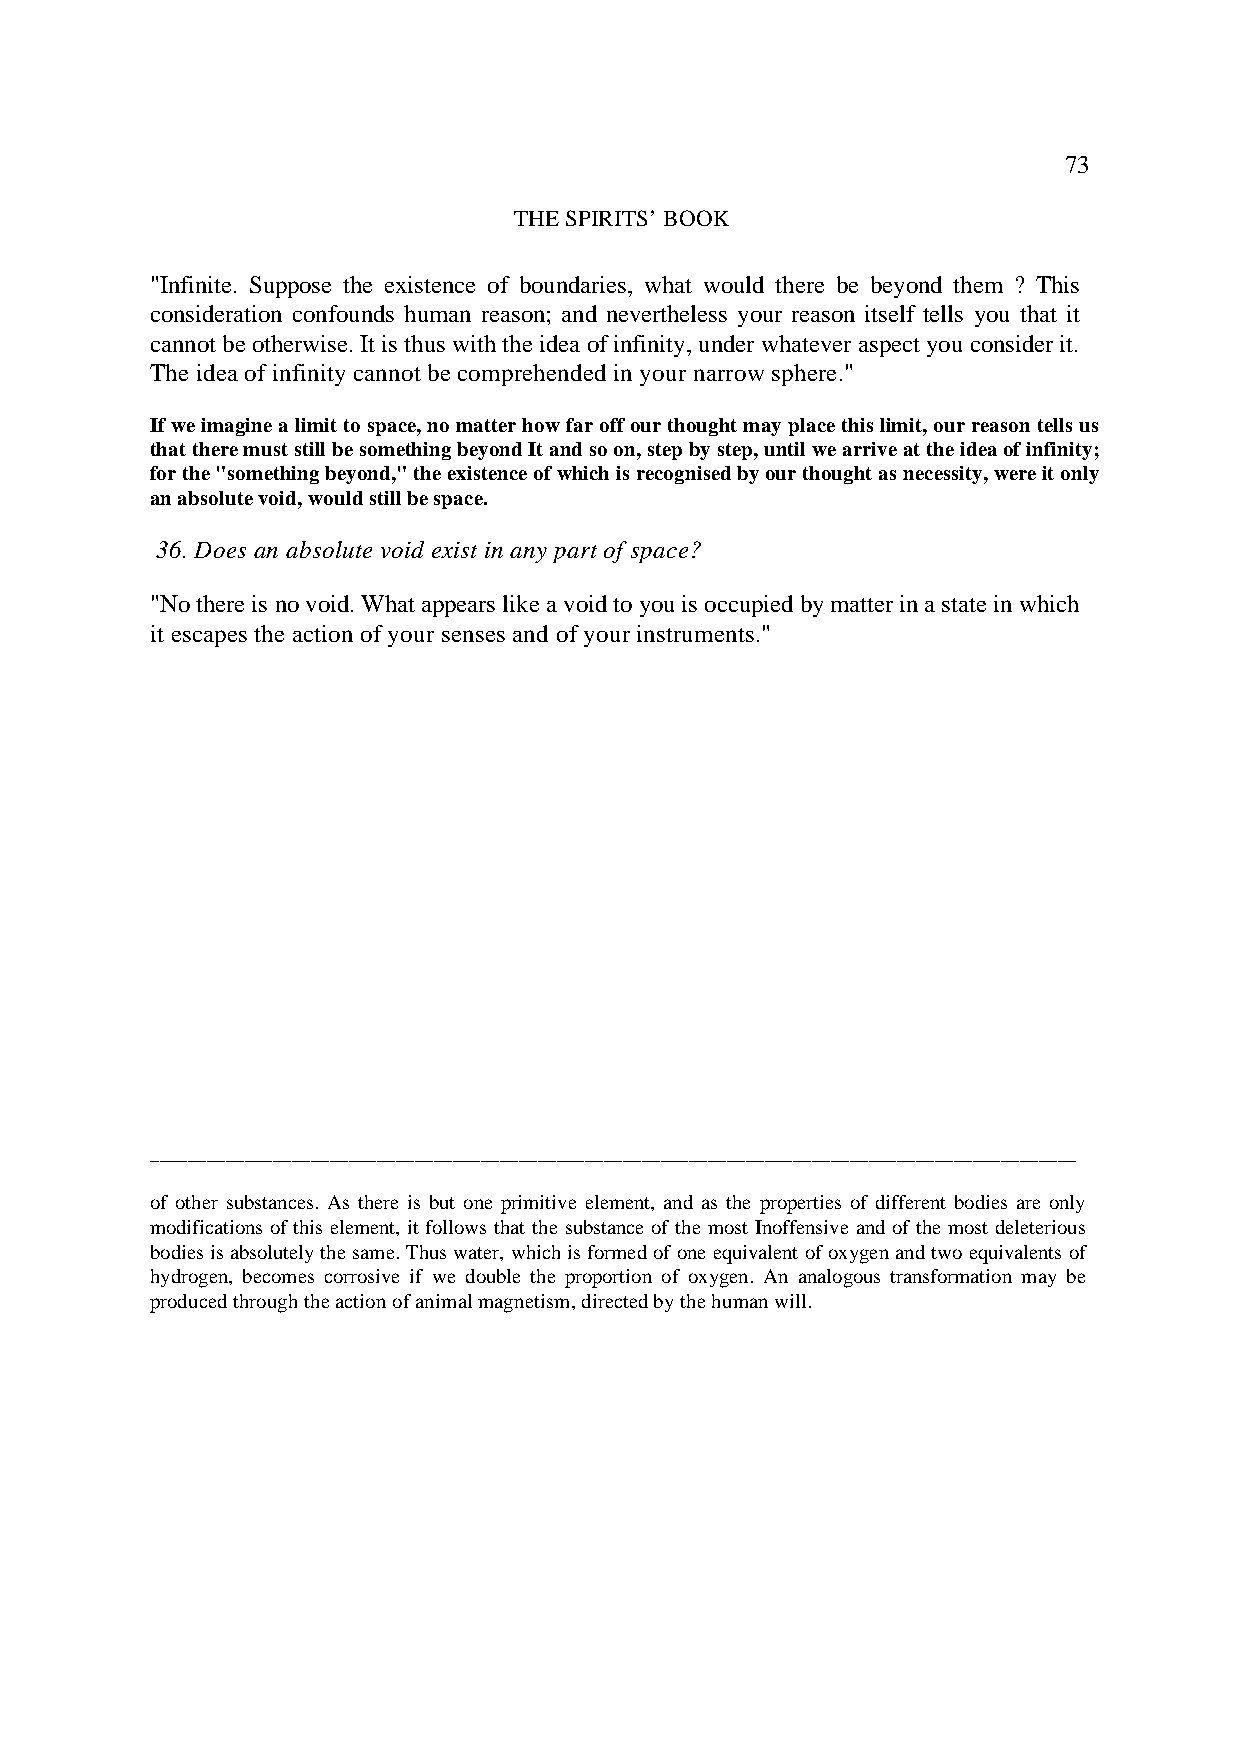
73
 THE SPIRITS’ BOOK
 "Infinite. Suppose the existence of boundaries, what would there be beyond them ? This
 consideration confounds human reason; and nevertheless your reason itself tells you that it
 cannot be otherwise. It is thus with the idea of infinity, under whatever aspect you consider it.
 The idea of infinity cannot be comprehended in your narrow sphere."
 If we imagine a limit to space, no matter how far off our thought may place this limit, our reason tells us
 that there must still be something beyond It and so on, step by step, until we arrive at the idea of infinity;
 for the "something beyond," the existence of which is recognised by our thought as necessity, were it only
 an absolute void, would still be space.
 36. Does an absolute void exist in any part of space?
 "No there is no void. What appears like a void to you is occupied by matter in a state in which
 it escapes the action of your senses and of your instruments."
 __________________________________________________________________________________________________
 of other substances. As there is but one primitive element, and as the properties of different bodies are only
 modifications of this element, it follows that the substance of the most Inoffensive and of the most deleterious
 bodies is absolutely the same. Thus water, which is formed of one equivalent of oxygen and two equivalents of
 hydrogen, becomes corrosive if we double the proportion of oxygen. An analogous transformation may be
 produced through the action of animal magnetism, directed by the human will.